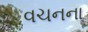
વચનના